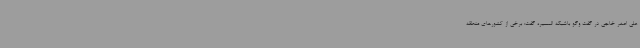
علی اصغر خاجی در گفت وگو باشبکه المسیره گفت: برخی از کشورهای منطقه